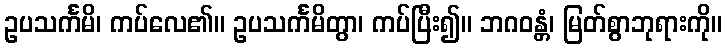
ဥပသင်္ကမိ၊ ကပ်လေ၏။ ဥပသင်္ကမိတွာ၊ ကပ်ပြီး၍။ ဘဂဝန္တံ၊ မြတ်စွာဘုရားကို။